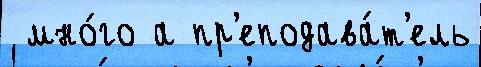
 мно́го а пр'еподава́т'ель